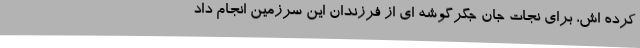
کرده اش، برای نجات جان جگرگوشه ای از فرزندان این سرزمین انجام داد